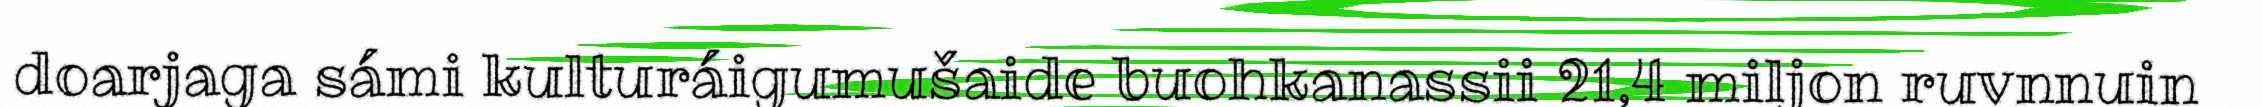
doarjaga sámi kulturáigumušaide buohkanassii 21,4 miljon ruvnnuin